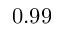
0 . 9 9